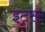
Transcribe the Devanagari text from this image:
इंट्रस्ट